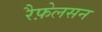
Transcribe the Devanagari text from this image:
रैफ़ेलसन